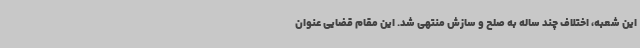
این شعبه، اختلاف چند ساله به صلح و سازش منتهی شد. این مقام قضایی عنوان